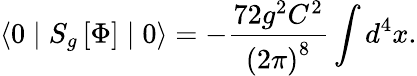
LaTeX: \langle 0\mid S_{g}\left[\Phi\right]\mid 0\rangle=-\frac{72g^{2}C^{2}}{\left(2\pi\right)^{8}}\int d^{4}x.